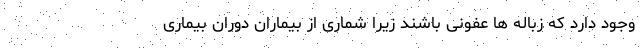
وجود دارد که زباله ها عفونی باشند زیرا شماری از بیماران دوران بیماری